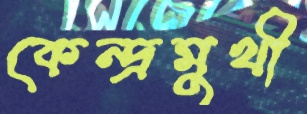
কেন্দ্রমুখী